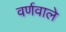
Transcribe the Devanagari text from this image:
वर्णवाले